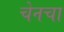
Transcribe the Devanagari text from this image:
चेनचा